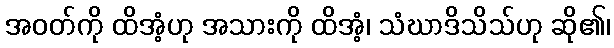
အဝတ်ကို ထိအံ့ဟု အသားကို ထိအံ့၊ သံဃာဒိသိသ်ဟု ဆို၏၊